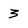
Character: 3